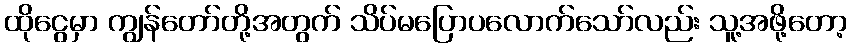
ထိုငွေမှာ ကျွန်တော်တို့အတွက် သိပ်မပြောပလောက်သော်လည်း သူ့အဖို့တော့